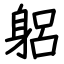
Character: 躳